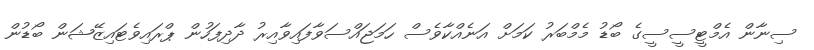
ސިނާން އެމްޓީސީސީގެ ބޯޑު މެމްބަރު ކަމަށް އަނެއްކާވެސް ހަމަޖައްސަވާފައިވާއިރު ދާދިފަހުން ޕްރައިވެޓައިޒޭޝަން ބޯޑުން